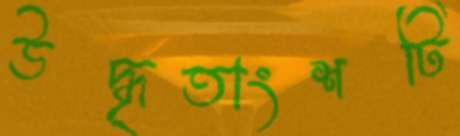
উদ্ধৃতাংশটি